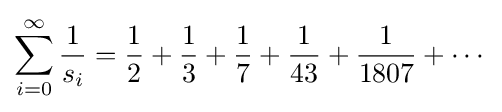
\sum _{i=0}^{\infty }{\frac {1}{s_{i}}}={\frac {1}{2}}+{\frac {1}{3}}+{\frac {1}{7}}+{\frac {1}{43}}+{\frac {1}{1807}}+\cdots